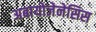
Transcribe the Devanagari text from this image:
अबायोजेनेसिस